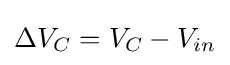
\Delta V_{C}=V_{C}-V_{in}